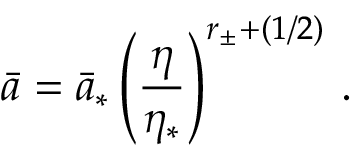
\bar { a } = \bar { a } _ { * } \left( { \frac { \eta } { \eta _ { * } } } \right) ^ { r _ { \pm } + ( 1 / 2 ) } \, .